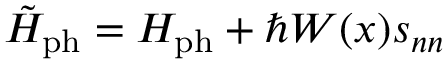
\tilde { H } _ { \mathrm { p h } } = H _ { \mathrm { p h } } + \hbar W ( x ) s _ { n n }